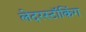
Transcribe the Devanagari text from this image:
लेदरस्टॉकिंग